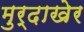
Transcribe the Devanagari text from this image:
मुर्दाखेर